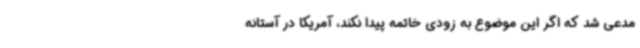
مدعی شد که اگر این موضوع به زودی خاتمه پیدا نکند، آمریکا در آستانه